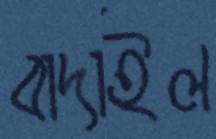
বাদাইল